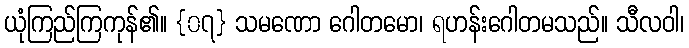
ယုံကြည်ကြကုန်၏။ {၀၇} သမဏော ဂေါတမော၊ ရဟန်းဂေါတမသည်။ သီလဝါ၊